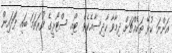
އަންނަ ކުޅޭ ތަކެއްޗަށް ދިމާވާ ހާދިސާއެކެވެ. ޓޯއި ސްޓޯރީގެ ފުރަތަމަ ބައި ފަަދައިން